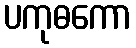
ပကုဓကော